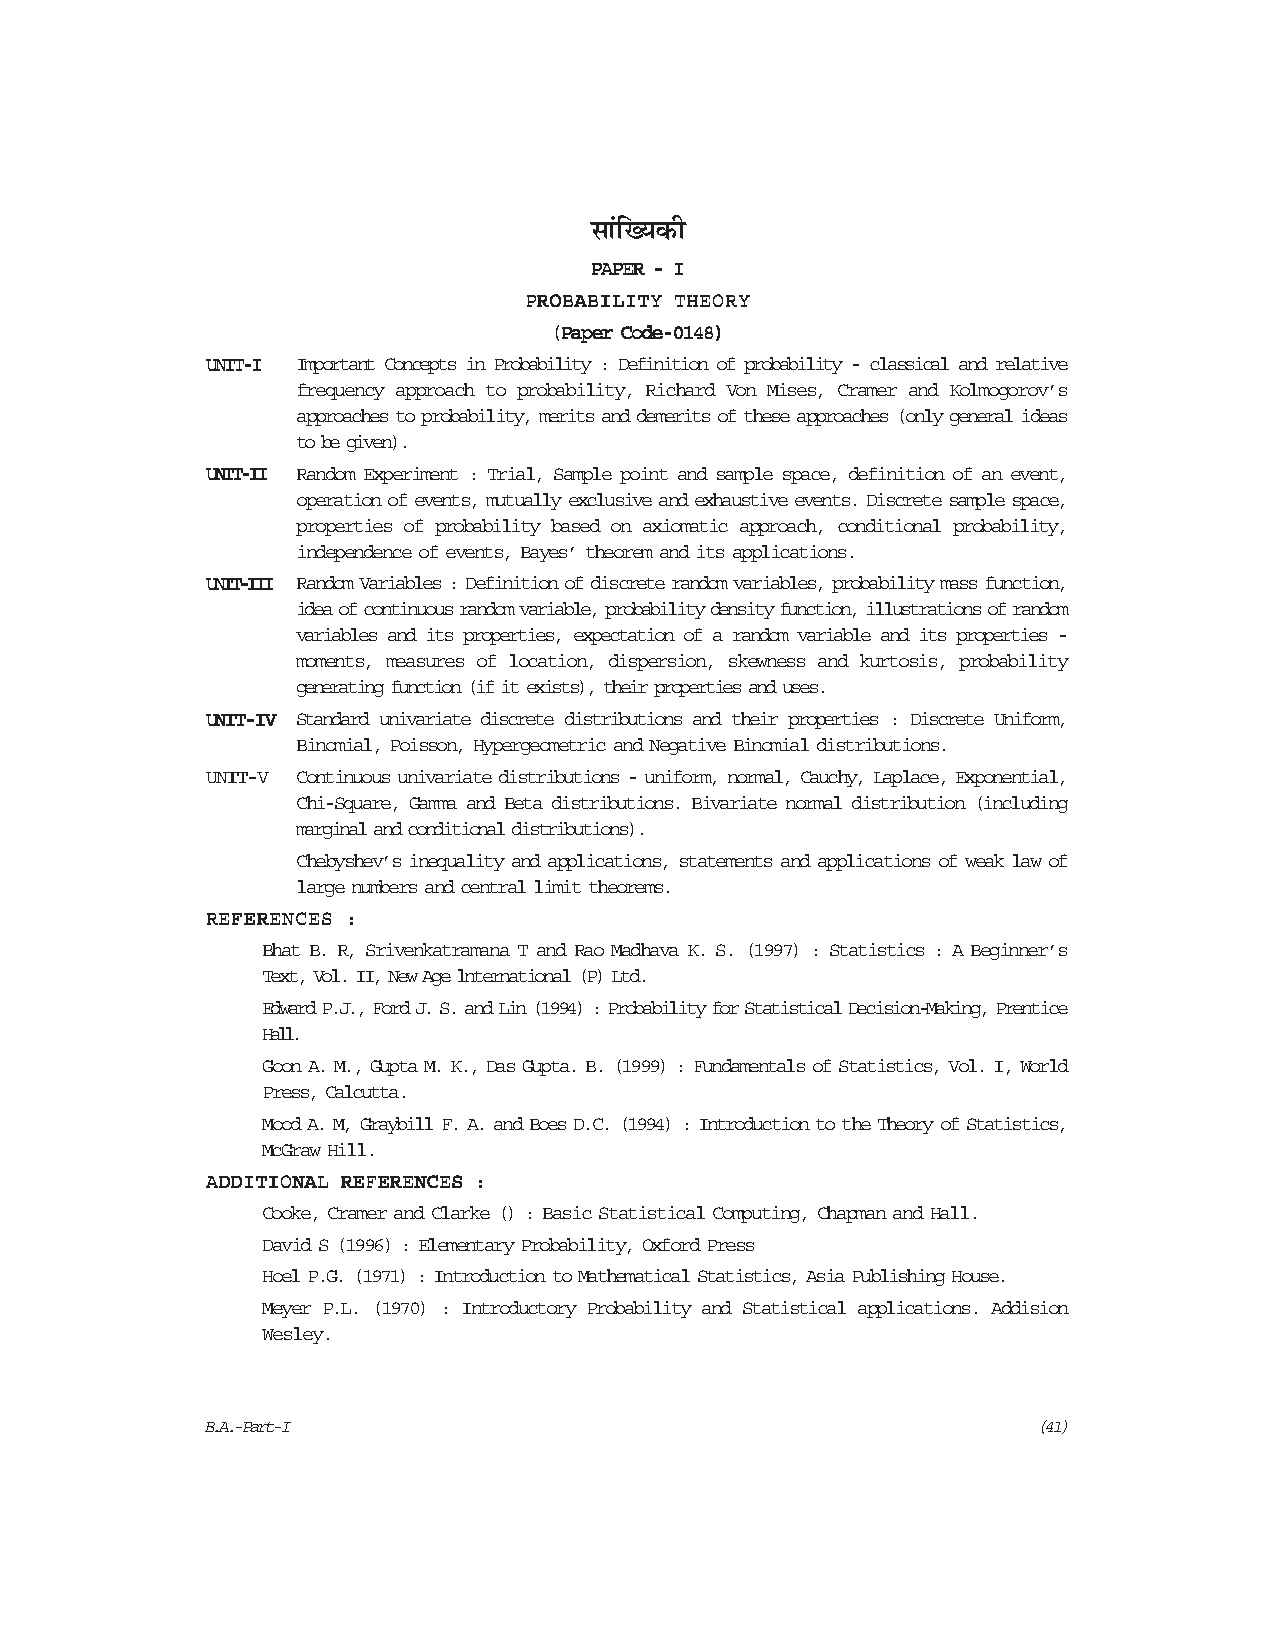
‚Ê¢ÁÅÿ∑§Ë
 PPPPPAAAAAPPPPPEEEEERRRRR ----- IIIII
 PPPPPRRRRROOOOOBBBBBAAAAABBBBBIIIIILLLLLIIIIITTTTTYYYYY TTTTTHHHHHEEEEEOOOOORRRRRYYYYY
 (((((PPPPPaaaaapppppeeeeerrrrr CCCCCooooodddddeeeee-----00000111114444488888)))))
 UUUUUNNNNNIIIIITTTTT-----IIIII Important Concepts in Probability : Definition of probability - classical and relative
 frequency approach to probability, Richard Von Mises, Cramer and Kolmogorov’s
 approaches to probability, merits and demerits of these approaches (only general ideas
 to be given).
 UUUUUNNNNNIIIIITTTTT-----IIIIIIIIII Random Experiment : Trial, Sample point and sample space, definition of an event,
 operation of events, mutually exclusive and exhaustive events. Discrete sample space,
 properties of probability based on axiomatic approach, conditional probability,
 independence of events, Bayes’ theorem and its applications.
 UUUUUNNNNNIIIIITTTTT-----IIIIIIIIIIIIIII Random Variables : Definition of discrete random variables, probability mass function,
 idea of continuous random variable, probability density function, illustrations of random
 variables and its properties, expectation of a random variable and its properties -
 moments, measures of location, dispersion, skewness and kurtosis, probability
 generating function (if it exists), their properties and uses.
 UUUUUNNNNNIIIIITTTTT-----IIIIIVVVVV Standard univariate discrete distributions and their properties : Discrete Uniform,
 Binomial, Poisson, Hypergeometric and Negative Binomial distributions.
 UUUUUNNNNNIIIIITTTTT-----VVVVV Continuous univariate distributions - uniform, normal, Cauchy, Laplace, Exponential,
 Chi-Square, Gamma and Beta distributions. Bivariate normal distribution (including
 marginal and conditional distributions).
 Chebyshev’s inequality and applications, statements and applications of weak law of
 large numbers and central limit theorems.
 RRRRREEEEEFFFFFEEEEERRRRREEEEENNNNNCCCCCEEEEESSSSS :::::
 Bhat B. R, Srivenkatramana T and Rao Madhava K. S. (1997) : Statistics : A Beginner’s
 Text, Vol. II, New Age lnternational (P) Ltd.
 Edward P.J., Ford J. S. and Lin (1994) : Probability for Statistical Decision-Making, Prentice
 Hall.
 Goon A. M., Gupta M. K., Das Gupta. B. (1999) : Fundamentals of Statistics, Vol. I, World
 Press, Calcutta.
 Mood A. M, Graybill F. A. and Boes D.C. (1994) : Introduction to the Theory of Statistics,
 McGraw Hill.
 AAAAADDDDDDDDDDIIIIITTTTTIIIIIOOOOONNNNNAAAAALLLLL RRRRREEEEEFFFFFEEEEERRRRREEEEENNNNNCCCCCEEEEESSSSS :::::
 Cooke, Cramer and Clarke () : Basic Statistical Computing, Chapman and Hall.
 David S (1996) : Elementary Probability, Oxford Press
 Hoel P.G. (1971) : Introduction to Mathematical Statistics, Asia Publishing House.
 Meyer P.L. (1970) : Introductory Probability and Statistical applications. Addision
 Wesley.
 B.A.-Part-I                                             (41)